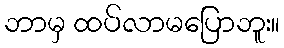
ဘာမှ ထပ်လာမပြောဘူး။